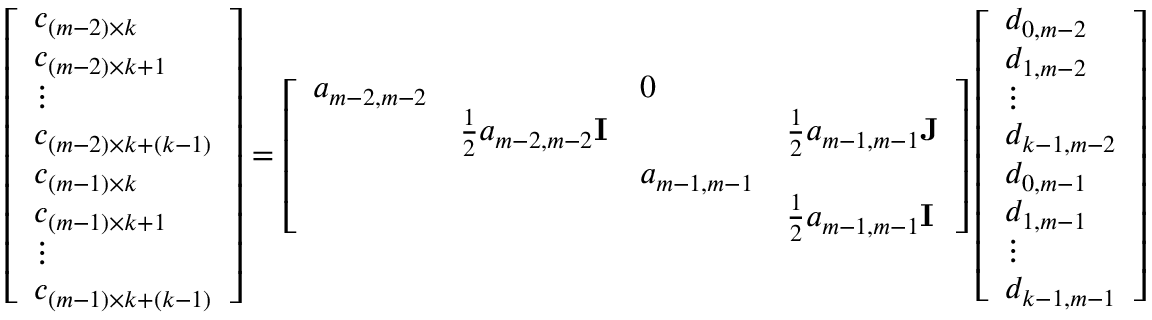
\begin{array} { r } { \left[ \begin{array} { l } { c _ { ( m - 2 ) \times k } } \\ { c _ { ( m - 2 ) \times k + 1 } } \\ { \vdots } \\ { c _ { ( m - 2 ) \times k + ( k - 1 ) } } \\ { c _ { ( m - 1 ) \times k } } \\ { c _ { ( m - 1 ) \times k + 1 } } \\ { \vdots } \\ { c _ { ( m - 1 ) \times k + ( k - 1 ) } } \end{array} \right] = \left[ \begin{array} { l l l l } { a _ { m - 2 , m - 2 } } & & { 0 } & \\ & { \frac { 1 } { 2 } a _ { m - 2 , m - 2 } { \bf I } } & & { \frac { 1 } { 2 } a _ { m - 1 , m - 1 } { \bf J } } \\ & & { a _ { m - 1 , m - 1 } } & \\ & & & { \frac { 1 } { 2 } a _ { m - 1 , m - 1 } { \bf I } } \end{array} \right] \left[ \begin{array} { l } { d _ { 0 , m - 2 } } \\ { d _ { 1 , m - 2 } } \\ { \vdots } \\ { d _ { k - 1 , m - 2 } } \\ { d _ { 0 , m - 1 } } \\ { d _ { 1 , m - 1 } } \\ { \vdots } \\ { d _ { k - 1 , m - 1 } } \end{array} \right] } \end{array}